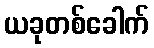
ယခုတစ်ခေါက်